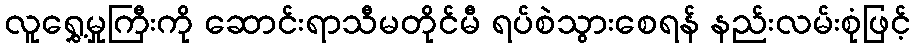
လူရွှေ့မှုကြီးကို ဆောင်းရာသီမတိုင်မီ ရပ်စဲသွားစေရန် နည်းလမ်းစုံဖြင့်